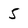
Character: 5